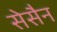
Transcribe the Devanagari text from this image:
सेसैन